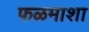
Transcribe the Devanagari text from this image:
फळमाशा